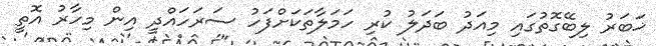
ޚަބަރު ލިބޭގޮތުގައި މިއަދު ބަދަލު ކުރި ހަމަލާތަކަށްފަހު ސަރަހައްދީ އިން މިހާރު އޮތީ